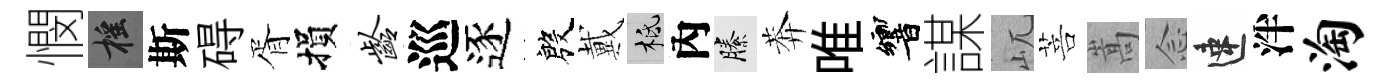
憫摇斯碍胥損龄巡逐殷戴柢內縢莾唯響謀屼菩嵩𫝹速泮淘